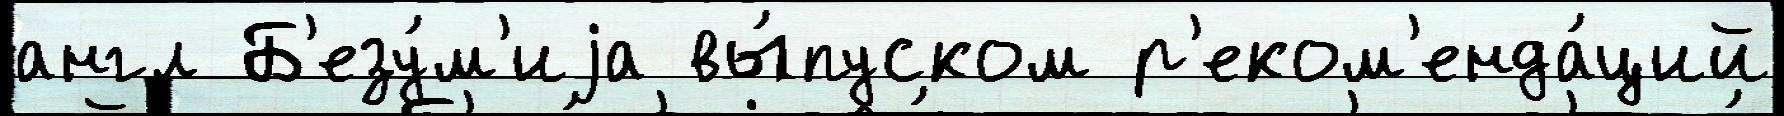
англ Б'езу́м'иjа вы́пуском р'еком'енда́ций